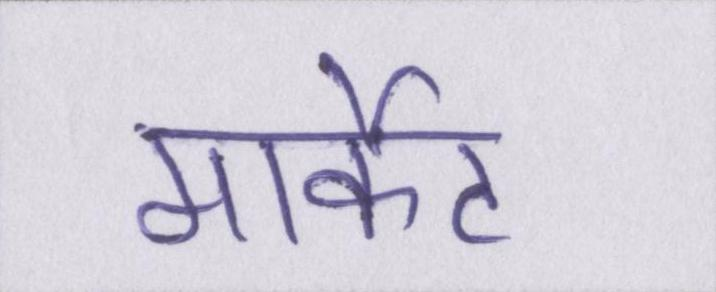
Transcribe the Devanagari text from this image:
मार्केट